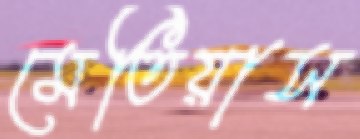
মেতিয়াস